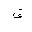
Letter: _qaf